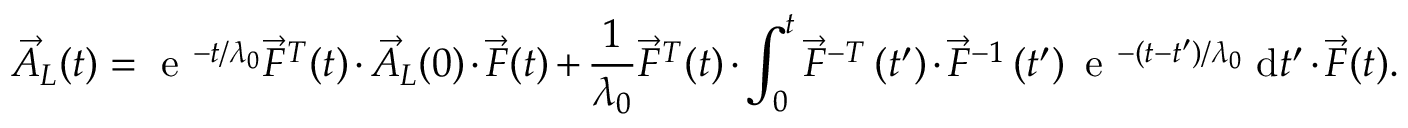
\vec { A } _ { L } ( t ) = \mathrm { ~ e ~ } ^ { - t / \lambda _ { 0 } } \vec { F } ^ { T } ( t ) \cdot \vec { A } _ { L } ( 0 ) \cdot \vec { F } ( t ) + \frac { 1 } { \lambda _ { 0 } } \vec { F } ^ { T } ( t ) \cdot \int _ { 0 } ^ { t } \vec { F } ^ { - T } \left( t ^ { \prime } \right) \cdot \vec { F } ^ { - 1 } \left( t ^ { \prime } \right) \mathrm { ~ e ~ } ^ { - ( t - t ^ { \prime } ) / \lambda _ { 0 } } ~ \mathrm { d } t ^ { \prime } \cdot \vec { F } ( t ) .